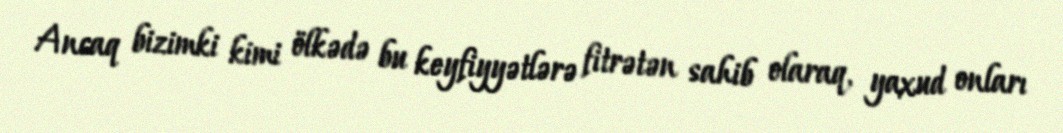
Ancaq bizimki kimi ölkədə bu keyfiyyətlərə fitrətən sahib olaraq, yaxud onları